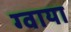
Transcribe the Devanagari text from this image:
ग्वाया